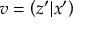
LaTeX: v = \left( z ^ { \prime } | x ^ { \prime } \right)